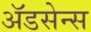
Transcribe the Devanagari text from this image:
ॲडसेन्स